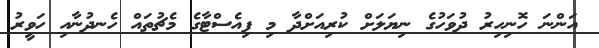
އަންނަ ހޮނިހިރު ދުވަހުގެ ނިޔަލަށް ކުރިއަށްދާ މި ފިއެސްޓާގެ މެޗުތައް ހެނދުނާއި ހަވީރު